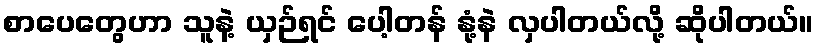
စာပေတွေဟာ သူနဲ့ ယှဉ်ရင် ပေါ့တန် နုံ့နဲ လှပါတယ်လို့ ဆိုပါတယ်။